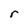
Character: r